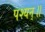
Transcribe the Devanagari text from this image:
पश्यन्॥